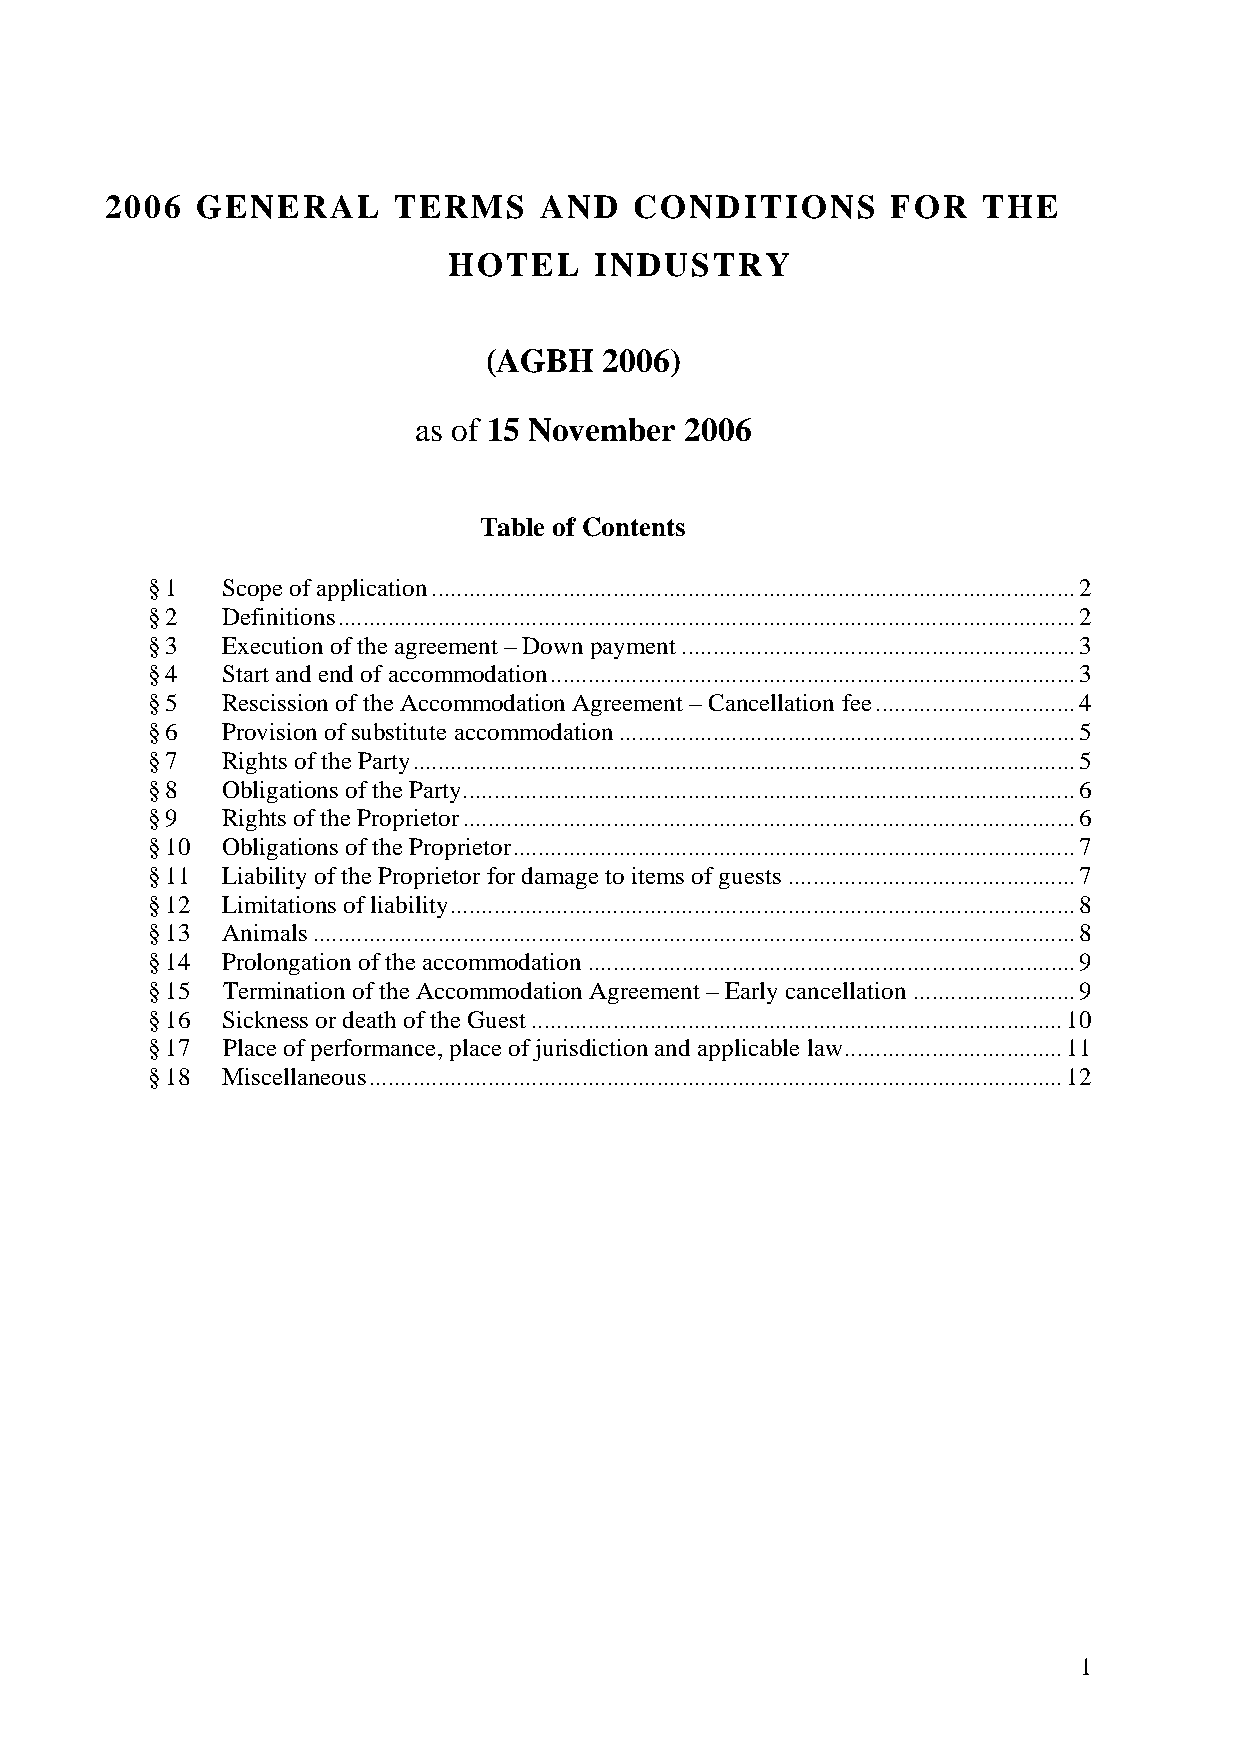
2006  GENERAL      TERMS     AND   CONDITIONS       FOR   THE
 HOTEL    INDUSTRY
 (AGBH   2006)
 as of 15 November 2006
 Table of Contents
 § 1  Scope of application.......................................................................................................2
 § 2  Definitions......................................................................................................................2
 § 3  Execution of the agreement – Down payment...............................................................3
 § 4  Start and end of accommodation....................................................................................3
 § 5  Rescission of the Accommodation Agreement – Cancellation fee................................4
 § 6  Provision of substitute accommodation.........................................................................5
 § 7  Rights of the Party..........................................................................................................5
 § 8  Obligations of the Party..................................................................................................6
 § 9  Rights of the Proprietor..................................................................................................6
 § 10 Obligations of the Proprietor..........................................................................................7
 § 11 Liability of the Proprietor for damage to items of guests..............................................7
 § 12 Limitations of liability....................................................................................................8
 § 13 Animals..........................................................................................................................8
 § 14 Prolongation of the accommodation..............................................................................9
 § 15 Termination of the Accommodation Agreement – Early cancellation..........................9
 § 16 Sickness or death of the Guest.....................................................................................10
 § 17 Place of performance, place of jurisdiction and applicable law...................................11
 § 18 Miscellaneous...............................................................................................................12
 1